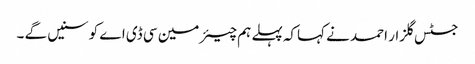
جسٹس گلزار احمد نے کہاکہ پہلے ہم چیئرمین سی ڈی اے کو سنیں گے ۔